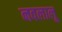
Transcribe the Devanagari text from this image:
नवलालू